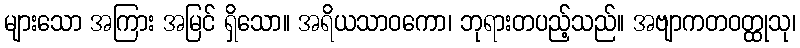
များသော အကြား အမြင် ရှိသော။ အရိယသာဝကော၊ ဘုရားတပည့်သည်။ အဗျာကတဝတ္ထုသု၊